Annual report on the Civil Veterinary Department, Burma (including the Insein Veterinary School) - 1910-1922
Year: 1910
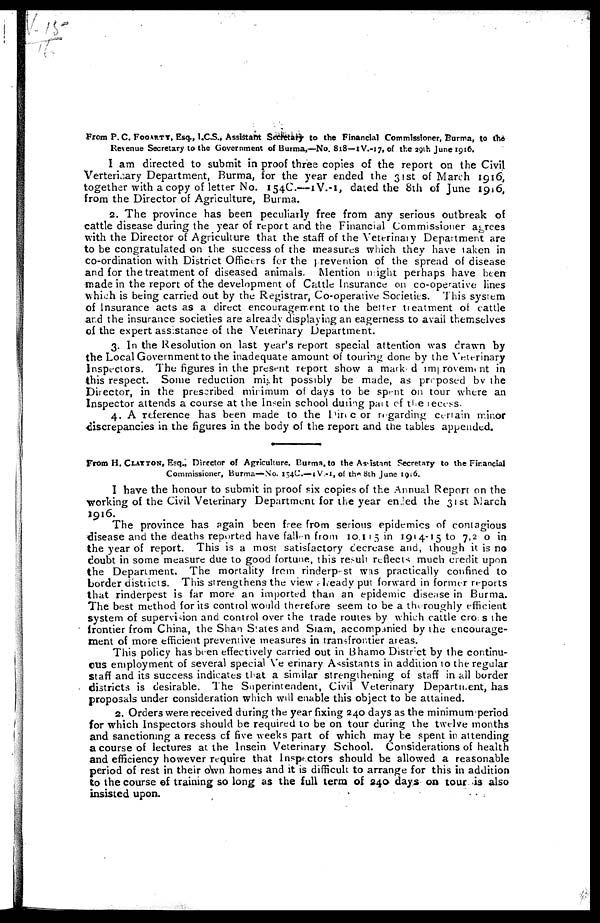
From P. C. FOGARTY, Esq., I.C.S., Assistant Secretary to the Financial Commissioner, Burma, to the
Revenue Secretary to the Government of Burma,—No. 818—1V.-17, of the 29th June 1916.
I am directed to submit in proof three copies of the report on the Civil
Verterinary Department, Burma, for the year ended the 31st of March 1916,
together with a copy of letter No. 154C.—1V.-1, dated the 8th of June 1916,
from the Director of Agriculture, Burma.
2. The province has been peculiarly free from any serious outbreak of
cattle disease during the year of report and the Financial Commissioner agrees
with the Director of Agriculture that the staff of the Veterinary Department are
to be congratulated on the success of the measures which they have taken in
co-ordination with District Officiers for the prevention of the spread of disease
and for the treatment of diseased animals. Mention night perhaps have been
made in the report of the development of Cattle Insurance on co-operative lines
which is being carried out by the Registrar, Co-operative Societies. This system
of Insurance acts as a direct encouragement to the better treatment of cattle
and the insurance societies are already displaying an eagerness to avail themselves
of the expert assistance of the Veterinary Department.
3. In the Resolution on last year's report special attention was drawn by
the Local Government to the inadequate amount of touring done by the Veterinary
Inspectors. The figures in the present report show a mark d improvement in
this respect. Some reduction might possibly be made, as proposed by the
Director, in the prescribed minimum of days to be spent on tour where an
Inspector attends a course at the Insein school during part of the recess.
4. A reference has been made to the Dine or regarding certain minor
discrepancies in the figures in the body of the report and the tables appended.
From H. CLAYTON, Esq., Director of Agriculture, Burma, to the Assistant Secretary to the Financial
Commissioner, Burma—No. 154C.-1V-1, of the 8th June 1916.
I have the honour to submit in proof six copies of the Annual Report on the
working of the Civil Veterinary Department for the year ended the 31st March
1916.
The province has again been free from serious epidemics of contagious
disease and the deaths reported have fallen from 1914-15 in 1914-15 to 7,2 0 in
the year of report. This is a most satisfactory decrease and, though it is no
doubt in some measure due to good fortune, this result reflects much credit upon
the Department. The mortality from rinderpest was practically confined to
border districts. This strengthens the view already put forward in former reports
that rinderpest is far more an imported than an epidemic disease in Burma.
The best method for its control would therefore seem to be a the roughly efficient
system of supervision and control over the trade routes by which cattle cross the
frontier from China, the Shan States and Siam, accompanied by the encourage-
ment of more efficient preventive measures in transfrontier areas.
This policy has been effectively carried out in Bhamo District by the continu-
ous employment of several special Veterinary Assistants in addition to the regular
staff and its success indicates that a similar strengthening of staff in all border
districts is desirable. The Superintendent, Civil Veterinary Department, has
proposals under consideration which will enable this object to be attained.
2. Orders were received during the year fixing 240 days as the minimum period
for which Inspectors should be required to be on tour during the twelve months
and sanctioning a recess of five weeks part of which may be spent in attending
a course of lectures at the Insein Veterinary School. Considerations of health
and efficiency however require that Inspectors should be allowed a reasonable
period of rest in their own homes and it is difficult to arrange for this in addition
to the course of training so long as the full term of 240 days on tour is also
insisted upon.